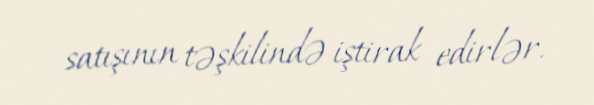
satışının təşkilində iştirak edirlər.